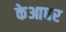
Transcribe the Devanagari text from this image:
केआधर